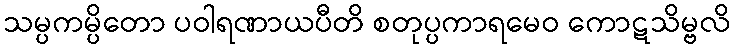
သမ္ပကမ္ပိတော ပဝါရဏာယပီတိ စတုပ္ပကာရမေဝ ကောဋသိမ္ဗလိ